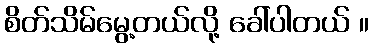
စိတ်သိမ်မွေ့တယ်လို့ ခေါ်ပါတယ် ။